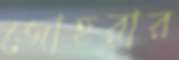
জোহরার